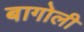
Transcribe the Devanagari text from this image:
बागोली